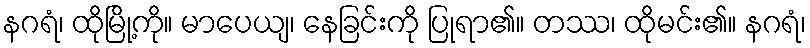
နဂရံ၊ ထိုမြို့ကို။ မာပေယျ၊ နေခြင်းကို ပြုရာ၏။ တဿ၊ ထိုမင်း၏။ နဂရံ၊